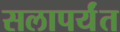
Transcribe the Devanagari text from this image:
सलापर्यंत